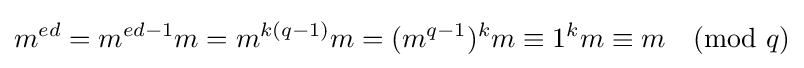
m^{ed}=m^{ed-1}m=m^{k(q-1)}m=(m^{q-1})^{k}m\equiv 1^{k}m\equiv m{\pmod {q}}